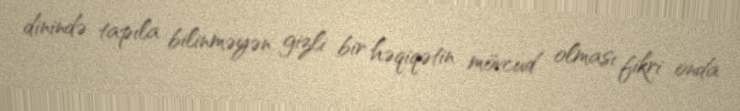
dinində tapıla bilinməyən gizli bir həqiqətin mövcud olması fikri onda